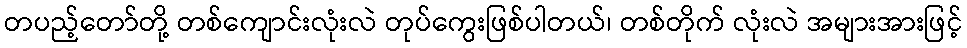
တပည့်တော်တို့ တစ်ကျောင်းလုံးလဲ တုပ်ကွေးဖြစ်ပါတယ်၊ တစ်တိုက် လုံးလဲ အများအားဖြင့်